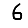
Digit: 6